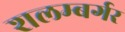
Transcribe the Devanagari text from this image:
शलम्बर्गर